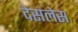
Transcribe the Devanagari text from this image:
देसलेस